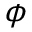
\phi